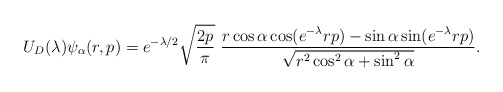
\begin{align*}U_D(\lambda)\psi_\alpha(r,p) = e^{-\lambda/2}\sqrt{\frac{2p}{\pi}}\ \frac{r\cos\alpha\cos (e^{-\lambda}rp) - \sin\alpha\sin (e^{-\lambda}rp)}{\sqrt{r^2\cos^2\alpha + \sin^2\alpha}}.\end{align*}